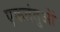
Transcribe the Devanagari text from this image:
एकतंतुओं